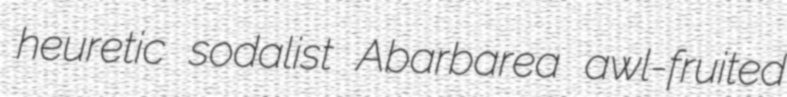
heuretic sodalist Abarbarea awl-fruited